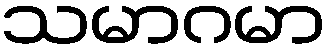
သမာဂမာ